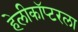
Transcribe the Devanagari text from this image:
हेलीकॉप्टरला